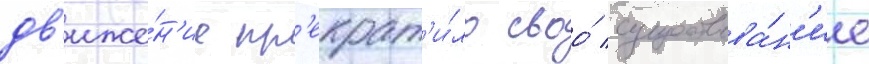
дв'иже́н'ие пр'екрат'и́ло своо́ существова́н'ие